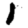
Digit: 1